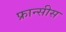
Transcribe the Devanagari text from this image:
फ्रान्सीस